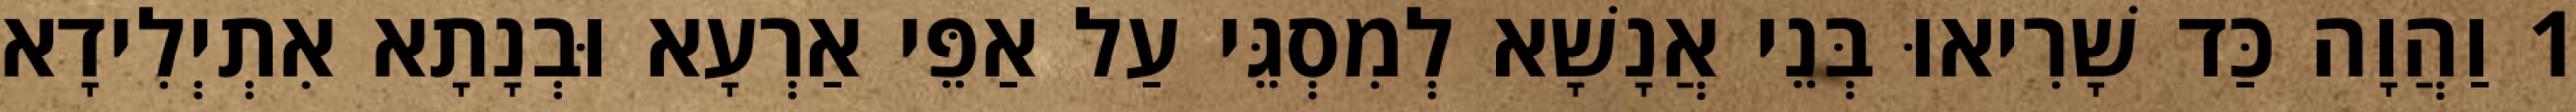
1 וַהֲוָה כַּד שָׁרִיאוּ בְּנֵי אֲנָשָׁא לְמִסְגֵּי עַל אַפֵּי אַרְעָא וּבְנָתָא אִתְיְלִידָא